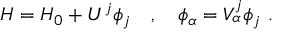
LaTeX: H = H _ { 0 } + U ^ { j } \phi _ { j } \ \ \ , \ \ \ \phi _ { \alpha } = V _ { \alpha } ^ { j } \phi _ { j } \ .